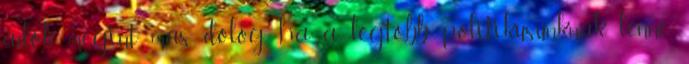
adók megint más dolog, ha a legtöbb politikusunknak lenne